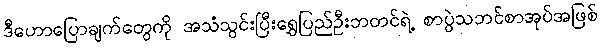
ဒီဟောပြောချက်တွေကို အသံသွင်းပြီးရွှေပြည်ဦးဘတင်ရဲ့ စာပွဲသဘင်စာအုပ်အဖြစ်